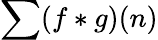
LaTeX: \sum(f*g)(n)